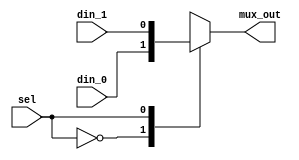
//-----------------------------------------------------
// Design Name : mux_using_case
// Function    : 2:1 Mux using Case
// Coder       : Deepak Kumar Tala
//-----------------------------------------------------
module  mux_using_case(
din_0      , // Mux first input
din_1      , // Mux Second input
sel           , // Select input
mux_out   // Mux output
);
//-----------Input Ports---------------
input din_0, din_1, sel ;
//-----------Output Ports---------------
output mux_out;
//------------Internal Variables--------
reg  mux_out;
//-------------Code Starts Here---------
always @ (sel or din_0 or din_1)
begin : MUX
 case(sel ) 
    1'b0 : mux_out = din_0;
    1'b1 : mux_out = din_1;
 endcase 
end

endmodule //End Of Module mux